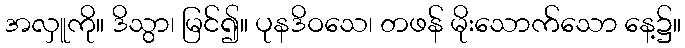
အလှူကို။ ဒိသွာ၊ မြင်၍။ ပုနဒိဝသေ၊ တဖန် မိုးသောက်သော နေ့၌။